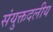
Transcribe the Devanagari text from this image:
संयुक्तदलीय